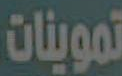
تموينات